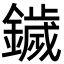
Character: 鐬